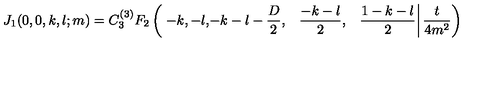
J _ { 1 } ( 0 , 0 , k , l ; m ) = C ^ { ( 3 ) } _ { 3 } F _ { 2 } \left( \left. \begin{matrix} { - k , } & { - l , } & { - k - l - \frac { D } { 2 } , } \\ { \quad \frac { - k - l } { 2 } , } & { \quad \frac { 1 - k - l } { 2 } } \\ \end{matrix} \right| \frac { t } { 4 m ^ { 2 } } \right)